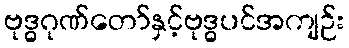
ဗုဒ္ဓဂုဏ်တော်နှင့်ဗုဒ္ဓပင်အကျဉ်း